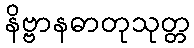
နိဗ္ဗာနဓာတုသုတ္တ